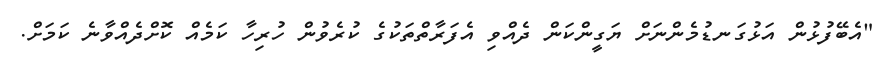
"އެބޭފުޅުން އަޅުގަނޑުމެންނަށް ޔަގީންކަން ދެއްވި އެފަރާތްތަކުގެ ކުރެވުން ހުރިހާ ކަމެއް ކޮށްދެއްވާނެ ކަމަށް.